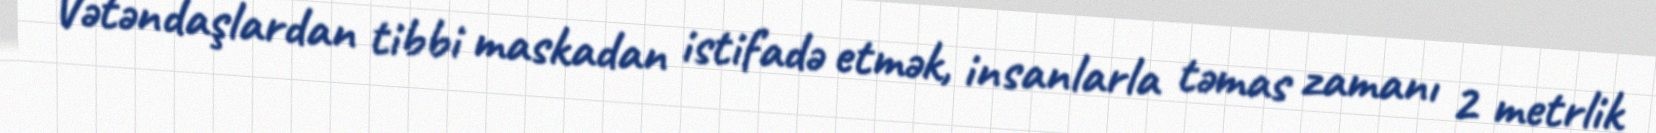
Vətəndaşlardan tibbi maskadan istifadə etmək, insanlarla təmas zamanı 2 metrlik